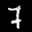
Label: 7